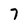
Character: 7